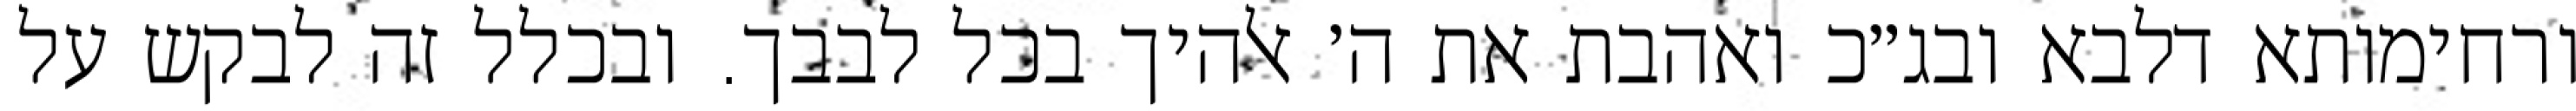
ורחימותא דלבא ובג״כ ואהבת את ה׳ אלהיך בכל לבבך. ובכלל זה לבקש על